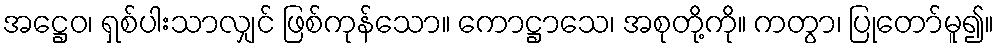
အဋ္ဌေဝ၊ ရှစ်ပါးသာလျှင် ဖြစ်ကုန်သော။ ကောဋ္ဌာသေ၊ အစုတို့ကို။ ကတွာ၊ ပြုတော်မူ၍။